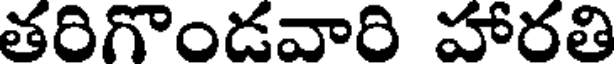
తరిగొండవారి హారతి